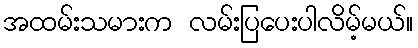
အထမ်းသမားက လမ်းပြပေးပါလိမ့်မယ်။